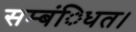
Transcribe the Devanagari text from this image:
सम्बंिधत।